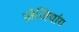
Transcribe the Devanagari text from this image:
ज़ेजियांग